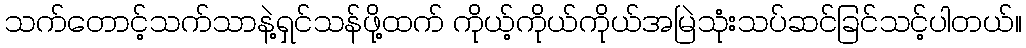
သက်တောင့်သက်သာနဲ့ရှင်သန်ဖို့ထက် ကိုယ့်ကိုယ်ကိုယ်အမြဲသုံးသပ်ဆင်ခြင်သင့်ပါတယ်။